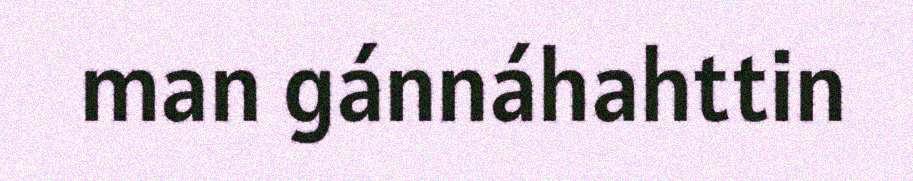
man gánnáhahttin